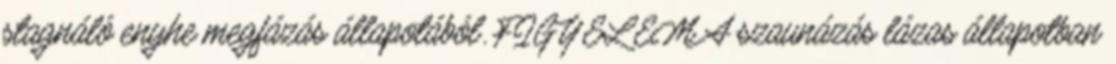
stagnáló enyhe megfázás állapotából. FIGYELEM A szaunázás lázas állapotban